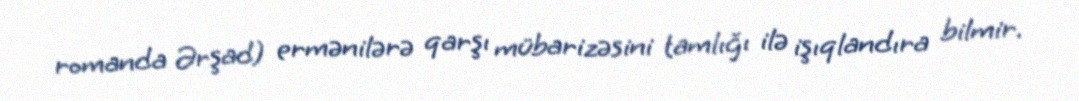
romanda Ərşad) ermənilərə qarşı mübarizəsini tamlığı ilə işıqlandıra bilmir.